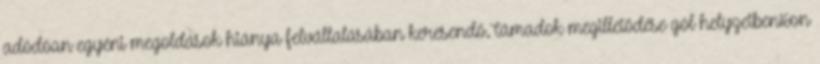
adódóan egyéni megoldások hiánya felvállalásában keresendő.Támadok megilletődése gól helyzetben16on